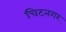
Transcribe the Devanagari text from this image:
चिटनगर